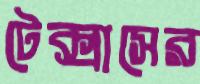
টেক্সাসের